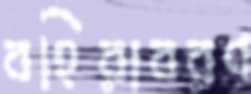
বহিরাবরণ